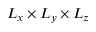
L _ { x } \times L _ { y } \times L _ { z }